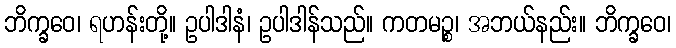
ဘိက္ခဝေ၊ ရဟန်းတို့။ ဥပါဒါနံ၊ ဥပါဒါန်သည်။ ကတမဉ္စ၊ အဘယ်နည်း။ ဘိက္ခဝေ၊